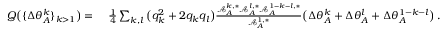
\begin{array} { r l } { Q \big ( \{ \Delta \theta _ { A } ^ { k } \} _ { k > 1 } \big ) = } & { ~ \frac { 1 } { 4 } \sum _ { k , l } \big ( q _ { k } ^ { 2 } + 2 q _ { k } q _ { l } \big ) \frac { \mathcal { A } _ { A } ^ { k , * } \mathcal { A } _ { A } ^ { l , * } \mathcal { A } _ { A } ^ { 1 - k - l , * } } { \mathcal { A } _ { A } ^ { 1 , * } } \big ( \Delta \theta _ { A } ^ { k } + \Delta \theta _ { A } ^ { l } + \Delta \theta _ { A } ^ { 1 - k - l } \big ) \, . } \end{array}